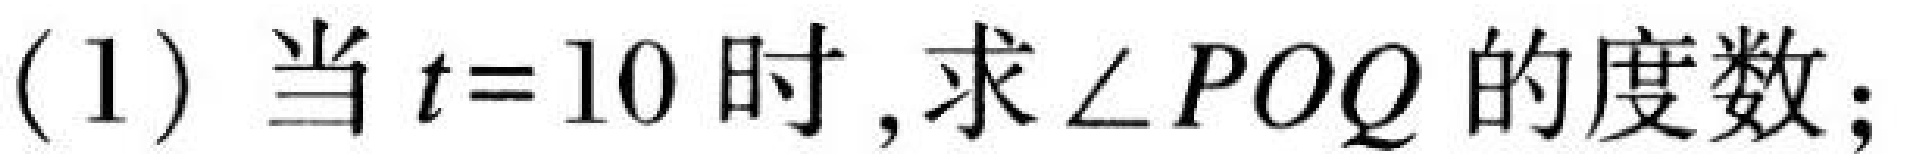
(1) 当 \(t = 10\) 时,求\(\angle POQ\)的度数;